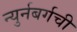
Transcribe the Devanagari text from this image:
न्युर्नबर्गची